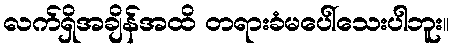
လက်ရှိအချိန်အထိ တရားခံမပေါ်သေးပါဘူး။